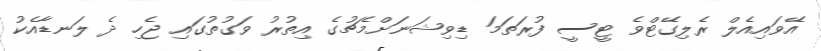
އޭވައިއެލް ރެލިގޭޓްވެ ޓީސީ ފުރަތަމަ ޑިވިޝަނަށްމެޗުގެ އިތުރު ވަގުތުގައި ޖެހި ދެ ލަނޑާއެކު